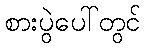
စားပွဲပေါ်တွင်